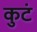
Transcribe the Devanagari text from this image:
कुटं